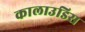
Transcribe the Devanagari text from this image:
कालाउडिस